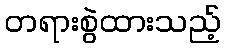
တရားစွဲထားသည့်